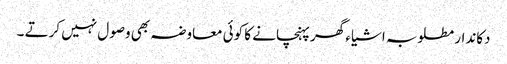
دکاندار مطلوبہ اشیا ء گھر پہنچانے کا کوئی معاوضہ بھی وصول نہیں کرتے ۔